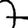
Digit: 7